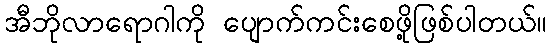
အီဘိုလာရောဂါကို ပျောက်ကင်းစေဖို့ဖြစ်ပါတယ်။